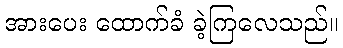
အားပေး ထောက်ခံ ခဲ့ကြလေသည်။